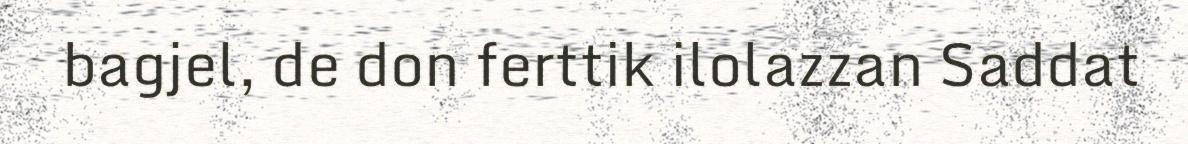
bagjel, de don ferttik ilolazzan Saddat